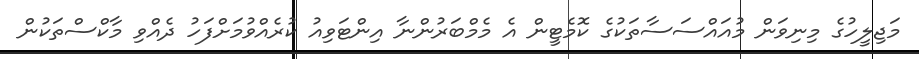
މަޖިލީހުގެ މިނިވަން މުއައްސަސާތަކުގެ ކޮމެޓީން އެ މެމްބަރުންނާ އިންޓަވިއު ކުރެއްވުމަށްފަހު ދެއްވި މާކްސްތަކުން